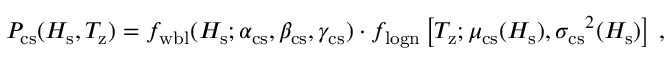
\begin{array} { r } { P _ { \mathrm { c s } } ( H _ { \mathrm { s } } , T _ { \mathrm { z } } ) = f _ { \mathrm { w b l } } ( H _ { \mathrm { s } } ; \alpha _ { \mathrm { c s } } , \beta _ { \mathrm { c s } } , \gamma _ { \mathrm { c s } } ) \cdot f _ { \mathrm { l o g n } } \left[ T _ { \mathrm { z } } ; \mu _ { \mathrm { c s } } ( H _ { \mathrm { s } } ) , { \sigma _ { \mathrm { c s } } } ^ { 2 } ( H _ { \mathrm { s } } ) \right] \, , } \end{array}